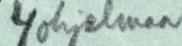
4 ohjelmaa